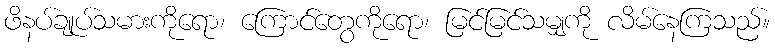
ဖိနပ်ချုပ်သမားကိုရော၊ ကြောင်တွေကိုရော၊ မြင်မြင်သမျှကို လိမ်နေကြသည်။